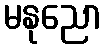
မနုညော